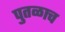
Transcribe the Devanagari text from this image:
पुतळाच